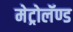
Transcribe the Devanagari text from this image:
मेट्रोलॅण्ड